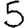
Digit: 5